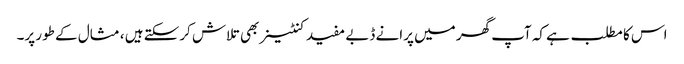
اس کا مطلب ہے کہ آپ گھر میں پرانے ڈبے مفید کنٹینر بھی تلاش کرسکتے ہیں ، مثال کے طور پر۔